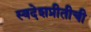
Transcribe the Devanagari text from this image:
स्वदेशप्रीतीची